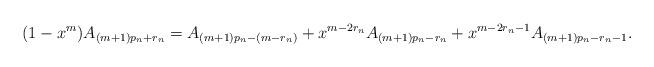
LaTeX: \begin{gather*}(1-x^m)A_{(m+1)p_n+r_n}=A_{(m+1)p_n-(m-r_n)}+x^{m-2r_n}A_{(m+1)p_n-r_n}+x^{m-2r_n-1}A_{(m+1)p_n-r_n-1}.\end{gather*}